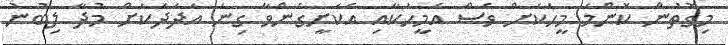
މިގޮތުން ކޮންމެ މީހަކަށް ވެސް އެމީހަކާއި އެކަށީގެންވާ ގިނަ އަދަދަކަށް މުދާ ލިބުނު